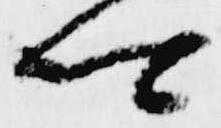
卿